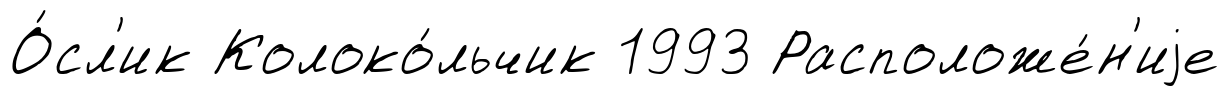
О́сл'ик Колоко́льчик 1993 Расположе́н'иjе